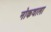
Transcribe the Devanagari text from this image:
नोकवाला